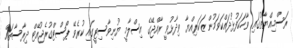
ރަސްމިއްޔާތުގައި ވާހަކަފުޅުދައްކަވަމުން ޒަކަރިއްޔާ ވިދާޅުވީ ރާއްޖޭގެ އިސްލާމީ ޔުނިވާސިޓީގައި ކުރެވޭ ޕޯސްޓްގުރެޖުއޭޓް ދިރާސާތައް